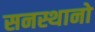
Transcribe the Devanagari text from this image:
सनस्थानो